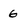
Character: 6